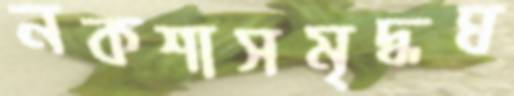
নকশাসমৃদ্ধঘ